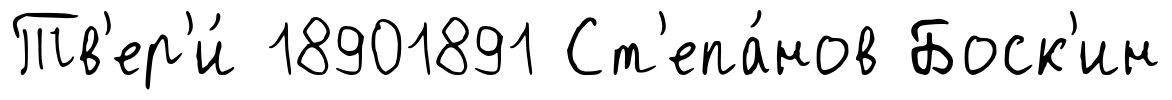
Тв'ер'и́ 18901891 Ст'епа́нов Боск'ин